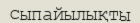
сыпайылықты